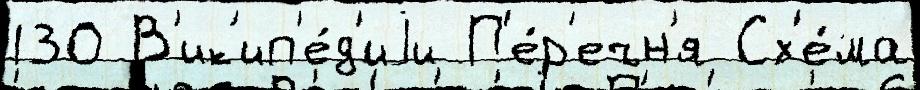
130 В'ик'ип'е́д'иjи П'е́р'ечн'я Сх'е́ма